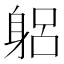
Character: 躳